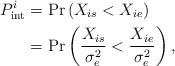
LaTeX: \begin{align*}P_{{\mathop{\textrm {int}}} }^i &= \Pr \left( {{X_{is}} < {X_{ie}}} \right) \\&= \Pr \left( {\frac{{{X_{is}}}}{{\sigma _e^2}} < \frac{{{X_{ie}}}}{{\sigma _e^2}}} \right),\end{align*}